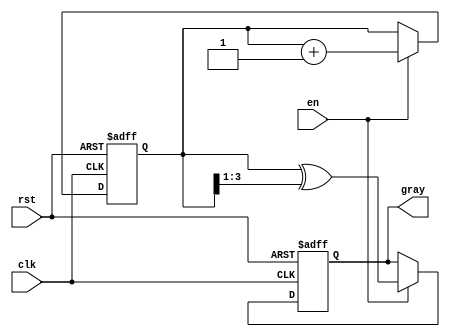
module gray_counter (
  input  wire clk,        // Clock input
  input  wire rst,        // Reset input
  input  wire en,         // Enable input

  output reg [3:0] gray   // Gray code output
);

reg [3:0] count;

always @(posedge clk or posedge rst) begin
  if (rst) begin
    count <= 4'b0000;    // Reset count to 0
    gray <= 4'b0000;     // Reset gray code output
  end else if (en) begin
    count <= count + 4'b0001; // Increment count by one
    gray <= count ^ (count >> 1); // Calculate Gray code output
  end
end

endmodule